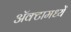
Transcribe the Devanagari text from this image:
अॅक्टामध्यें